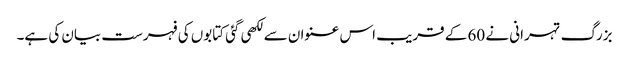
بزرگ تہرانی نے 60 کے قریب اس عنوان سے لکھی گئی کتابوں کی فہرست بیان کی ہے۔